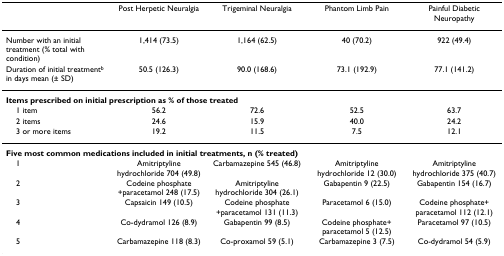
<table><thead><tr><td></td><td><b>Post Herpetic Neuralgia</b></td><td><b>Trigeminal Neuralgia</b></td><td><b>Phantom Limb Pain</b></td><td><b>Painful Diabetic Neuropathy</b></td></tr></thead><tbody><tr><td>Number with an initial treatment (% total with condition)</td><td>1,414 (73.5)</td><td>1,164 (62.5)</td><td>40 (70.2)</td><td>922 (49.4)</td></tr><tr><td>Duration of initial treatment<sup>b </sup>in days mean (± SD)</td><td>50.5 (126.3)</td><td>90.0 (168.6)</td><td>73.1 (192.9)</td><td>77.1 (141.2)</td></tr><tr><td colspan="5"><b>Items prescribed on initial prescription as % of those treated</b></td></tr><tr><td> 1 item</td><td>56.2</td><td>72.6</td><td>52.5</td><td>63.7</td></tr><tr><td> 2 items</td><td>24.6</td><td>15.9</td><td>40.0</td><td>24.2</td></tr><tr><td> 3 or more items</td><td>19.2</td><td>11.5</td><td>7.5</td><td>12.1</td></tr><tr><td colspan="5"><b>Five most common medications included in initial treatments, n (% treated)</b></td></tr><tr><td> 1</td><td>Amitriptyline hydrochloride 704 (49.8)</td><td>Carbamazepine 545 (46.8)</td><td>Amitriptyline hydrochloride 12 (30.0)</td><td>Amitriptyline hydrochloride 375 (40.7)</td></tr><tr><td> 2</td><td>Codeine phosphate +paracetamol 248 (17.5)</td><td>Amitriptyline hydrochloride 304 (26.1)</td><td>Gabapentin 9 (22.5)</td><td>Gabapentin 154 (16.7)</td></tr><tr><td> 3</td><td>Capsaicin 149 (10.5)</td><td>Codeine phosphate +paracetamol 131 (11.3)</td><td>Paracetamol 6 (15.0)</td><td>Codeine phosphate+ paracetamol 112 (12.1)</td></tr><tr><td> 4</td><td>Co-dydramol 126 (8.9)</td><td>Gabapentin 99 (8.5)</td><td>Codeine phosphate+ paracetamol 5 (12.5)</td><td>Paracetamol 97 (10.5)</td></tr><tr><td> 5</td><td>Carbamazepine 118 (8.3)</td><td>Co-proxamol 59 (5.1)</td><td>Carbamazepine 3 (7.5)</td><td>Co-dydramol 54 (5.9)</td></tr></tbody></table>